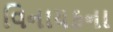
વિનાયકના